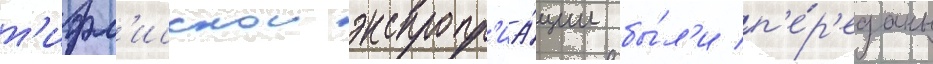
т'ифл'исскои экспропр'иа́ции бы́л'и п'е́р'еданы